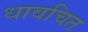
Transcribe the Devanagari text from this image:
धावचित